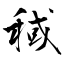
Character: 稢